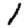
Digit: 1